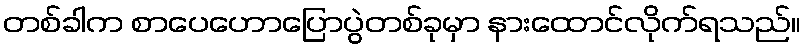
တစ်ခါက စာပေဟောပြောပွဲတစ်ခုမှာ နားထောင်လိုက်ရသည်။